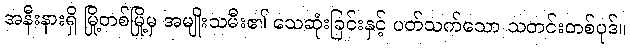
အနီးနားရှိ မြို့တစ်မြို့မှ အမျိုးသမီး၏ သေဆုံးခြင်းနှင့် ပတ်သက်သော သတင်းတစ်ပုဒ်။